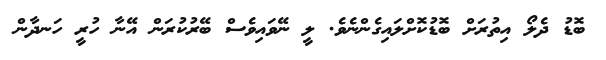
ބޮޑު ދެލޯ އިތުރަށް ބޮޑުކޮށްލައިގެންނެވެ. ލީ ނޭވައިވެސް ބޭރުކުރަން އޭނާ ހުރީ ހަނދާން